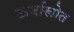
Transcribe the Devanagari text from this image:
ऊर्जास्त्रोत